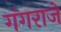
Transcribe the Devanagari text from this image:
गंगराजे